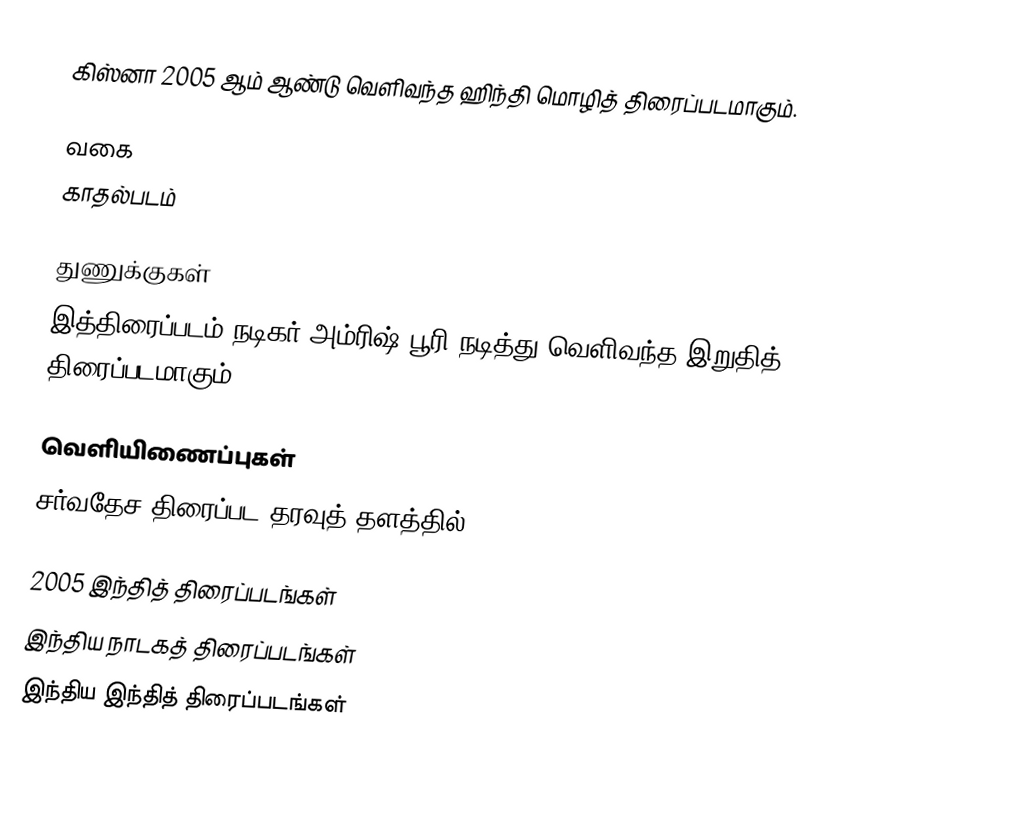
கிஸ்னா 2005 ஆம் ஆண்டு வெளிவந்த ஹிந்தி மொழித் திரைப்படமாகும்.

வகை
காதல்படம்

துணுக்குகள்
இத்திரைப்படம் நடிகர் அம்ரிஷ் பூரி நடித்து வெளிவந்த இறுதித் திரைப்படமாகும்.

வெளியிணைப்புகள்
சர்வதேச திரைப்பட தரவுத் தளத்தில்

2005 இந்தித் திரைப்படங்கள்
இந்திய நாடகத் திரைப்படங்கள்
இந்திய இந்தித் திரைப்படங்கள்